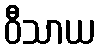
ဝီသာယ